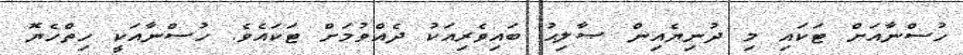
ހުސްނާއަށް ޓަކައި މި ދުނިޔެއިން ޞާލިޙު ބައިވެރިއަކު ދެއްވުމަށް ޓަކައެވެ. ހުސްނާއަކީ ހިތްހެޔޮ